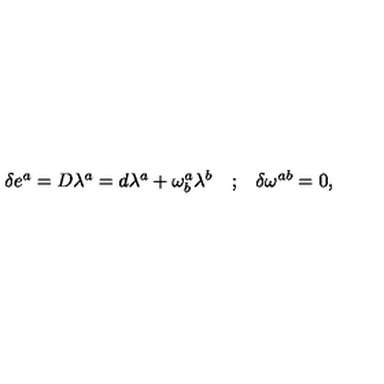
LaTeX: \begin{array} { l l l } { \delta e ^ { a } = D \lambda ^ { a } = d \lambda ^ { a } + \omega _ { b } ^ { a } \lambda ^ { b } } & { ; } & { \delta \omega ^ { a b } = 0 , } \\ \end{array}